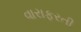
વારાફરતી